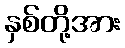
နှစ်တို့အား